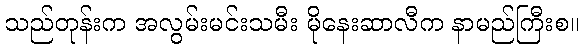
သည်တုန်းက အလွမ်းမင်းသမီး မိုနေးဆာလီက နာမည်ကြီးစ။